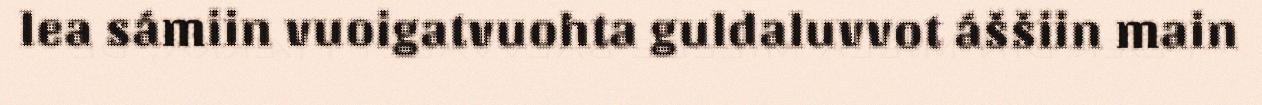
lea sámiin vuoigatvuohta guldaluvvot áššiin main